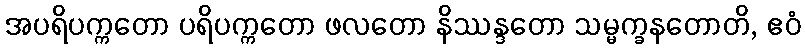
အပရိပက္ကတော ပရိပက္ကတော ဖလတော နိဿန္ဒတော သမ္မက္ခနတောတိ, ဧဝံ